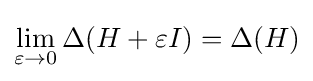
\lim _{\varepsilon \rightarrow 0}\Delta (H+\varepsilon I)=\Delta (H)